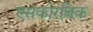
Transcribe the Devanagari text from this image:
एसकोरबिक